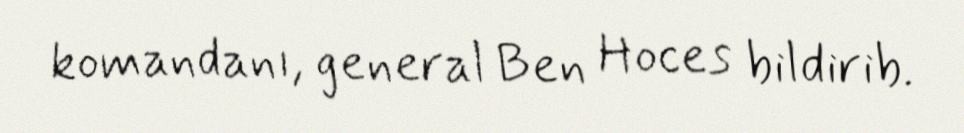
komandanı, general Ben Hoces bildirib.